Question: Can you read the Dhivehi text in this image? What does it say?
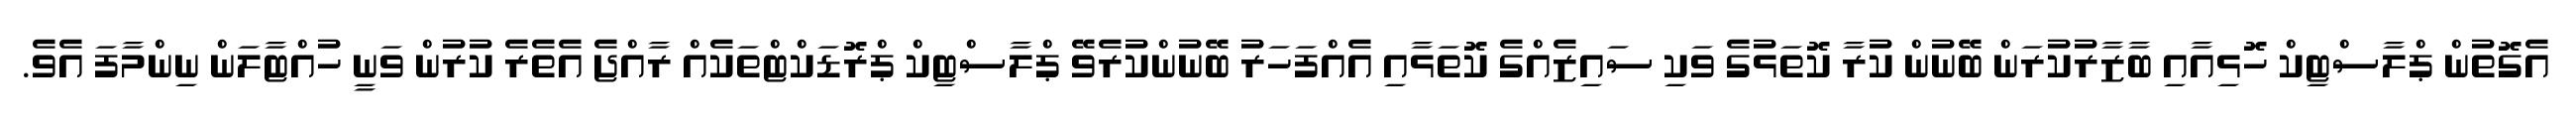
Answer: އެގޮތުން ޕްލާސްޓިކް ހޮޅިއާއި ބާޒާރުކުރަން ބޭނުން ކުރާ ކޮތަޅުގެ ވަކި ސައިޒެއްގެ ކޮތަޅާއި އެއްފަހަރު ބޭނުންކުރެވޭ ޕްލާސްޓިކް ޕްރޮޑަކްޓްތަކެއް ރާއްޖެ އެތެރެ ކުރުން ވަނީ ހުއްޓާލަން ނިންމާފަ އެވެ.